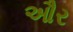
ઔર